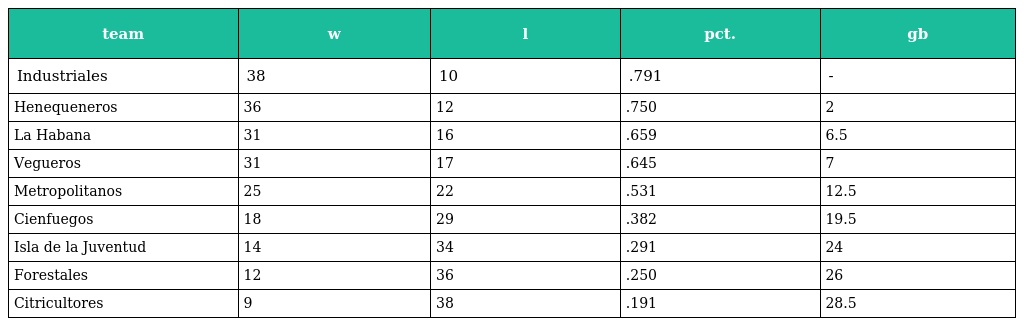
| team | w | l | pct. | gb |
 | --- | --- | --- | --- | --- |
 | Industriales | 38 | 10 | .791 | - |
 | Henequeneros | 36 | 12 | .750 | 2 |
 | La Habana | 31 | 16 | .659 | 6.5 |
 | Vegueros | 31 | 17 | .645 | 7 |
 | Metropolitanos | 25 | 22 | .531 | 12.5 |
 | Cienfuegos | 18 | 29 | .382 | 19.5 |
 | Isla de la Juventud | 14 | 34 | .291 | 24 |
 | Forestales | 12 | 36 | .250 | 26 |
 | Citricultores | 9 | 38 | .191 | 28.5 |